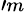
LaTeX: ^{\prime m}